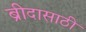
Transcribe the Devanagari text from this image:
ब्रीदासाठी